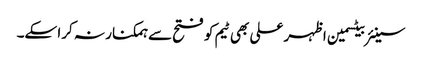
سینئر بیٹسمین اظہر علی بھی ٹیم کو فتح سے ہمکنار نہ کرا سکے۔